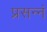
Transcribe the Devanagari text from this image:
प्रसन्नं